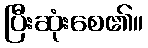
ပြီးဆုံးစေ၏။